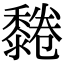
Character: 𪐂